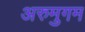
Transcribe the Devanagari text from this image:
अरुमुगम